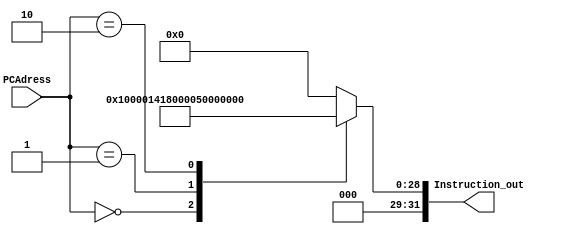
	module Instruction_Mem(Instruction_out, PCAdress);
	output reg [31:0] Instruction_out;
	input  [5:0] PCAdress;
	
	always @(*)
	begin
		case (PCAdress)
			32'd0:  Instruction_out = 32'b00000000010000000000000000000101; // mov ax,a
			32'd1:  Instruction_out = 32'b00000000110000000000000000000010; // mov bx,b
			32'd2:  Instruction_out = 32'b00010000011001000000000001000110; // add cx,ax,bx
			
			default: Instruction_out = 32'b00000000000000000000000000000000;
		endcase
	end
	endmodule